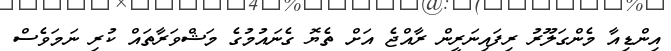
އިންޑިއާ މެންގަލޫރު ރިފައިނަރީން ރާއްޖެ އަށް ތެޔޮ ގެނައުމުގެ މަޝްވަރާތައް ކުރި ނަމަވެސް